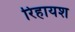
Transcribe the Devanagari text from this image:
रिहायश